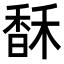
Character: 𩡄